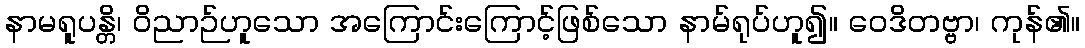
နာမရူပန္တိ၊ ဝိညာဉ်ဟူသော အကြောင်းကြောင့်ဖြစ်သော နာမ်ရုပ်ဟူ၍။ ဝေဒိတဗ္ဗာ၊ ကုန်၏။